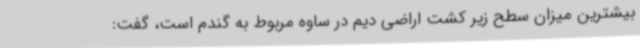
بیشترین میزان سطح زیر کشت اراضی دیم در ساوه مربوط به گندم است، گفت: